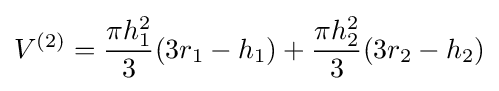
V^{(2)}={\frac {\pi h_{1}^{2}}{3}}(3r_{1}-h_{1})+{\frac {\pi h_{2}^{2}}{3}}(3r_{2}-h_{2})